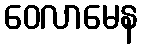
ဝေလာမေန